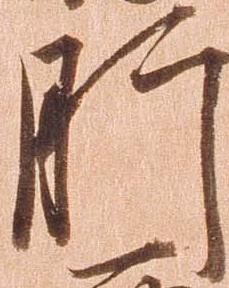
肝